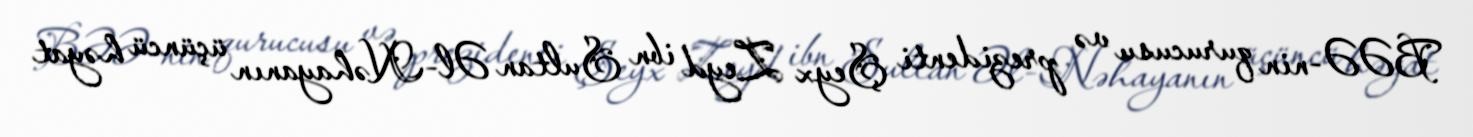
BƏƏ-nin qurucusu və prezidenti Şeyx Zeyd ibn Sultan Əl-Nəhayanın üçüncü həyat